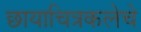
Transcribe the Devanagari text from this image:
छायाचित्रकलेचे